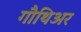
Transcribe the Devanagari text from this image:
गौथिअर